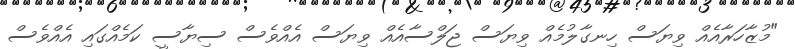
"މުޒާހަރާއެއް ވިޔަސް ހިނގާލުމެއް ވިޔަސް ޖަލްސާއެއް ވިޔަސް އެއްވެސް ސިޔާސީ ކަމެއްގައި އެއްވެސް